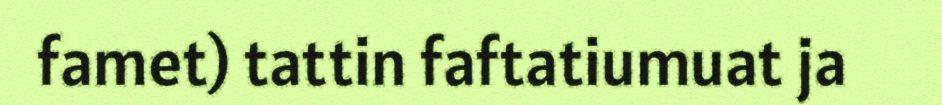
famet) tattin faftatiumuat ja